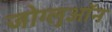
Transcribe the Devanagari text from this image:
जोग्लुऑन